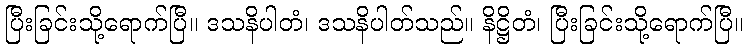
ပြီးခြင်းသို့ရောက်ပြီ။ ဒသနိပါတံ၊ ဒသနိပါတ်သည်။ နိဋ္ဌိတံ၊ ပြီးခြင်းသို့ရောက်ပြီ။